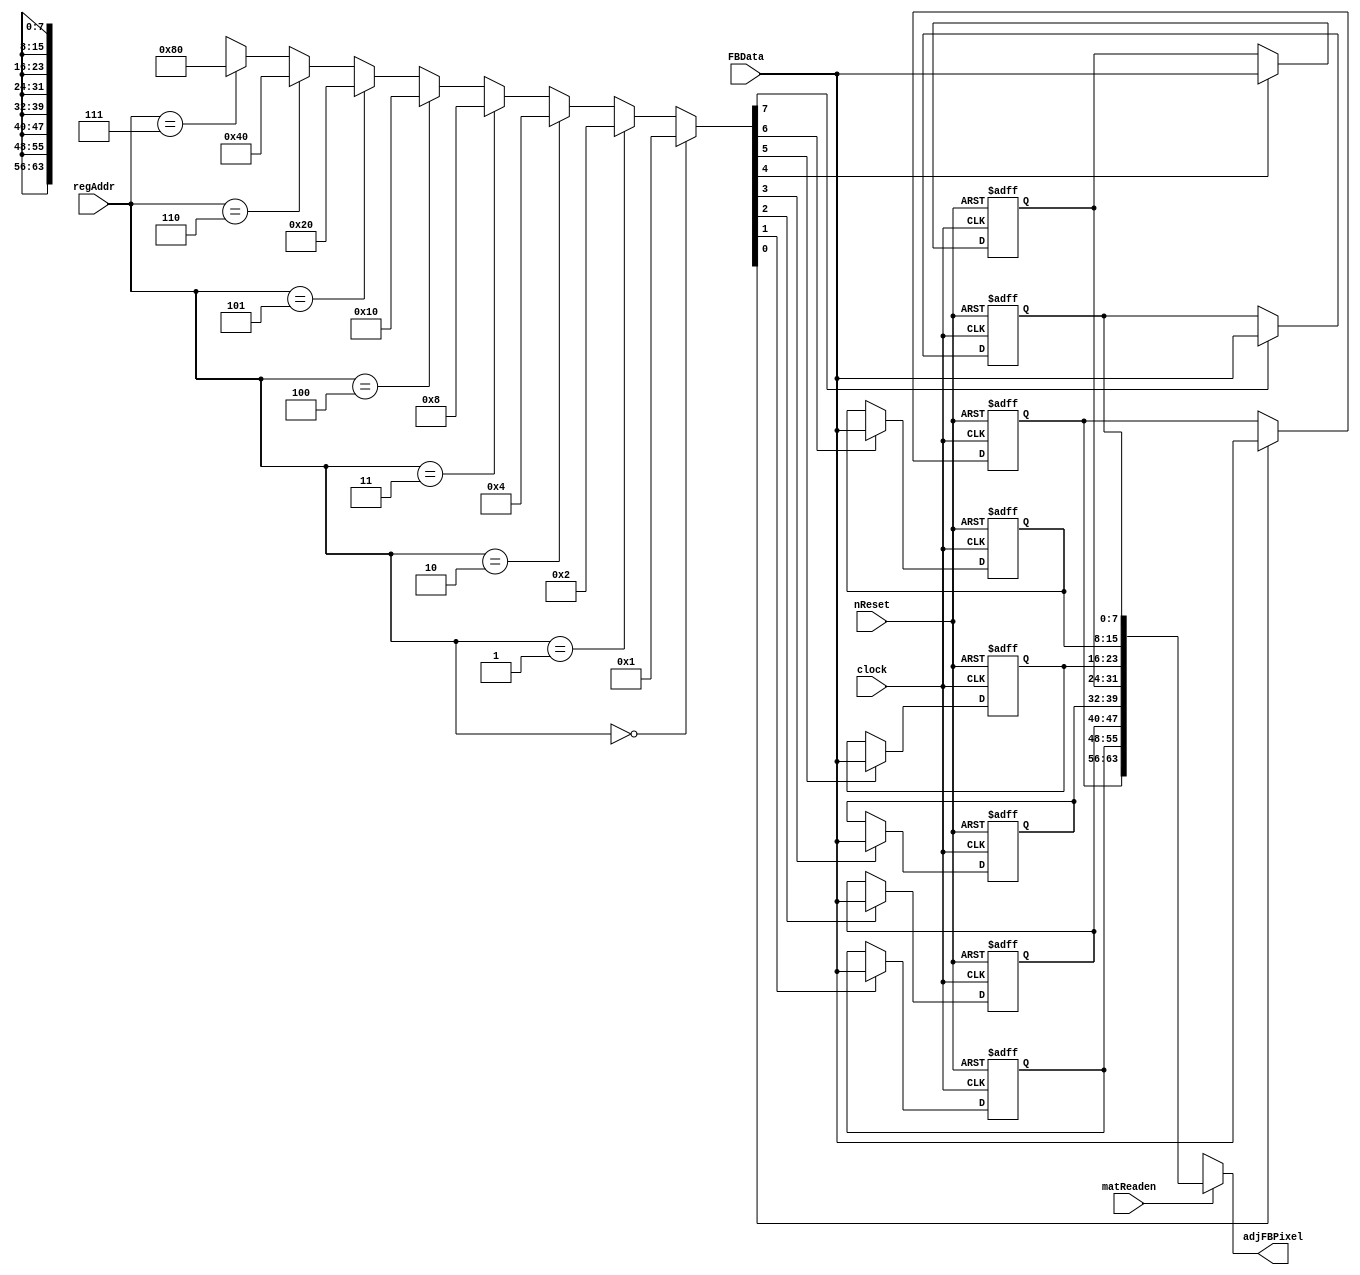
// This program was cloned from: https://github.com/ISKU/FAST9-Accelerator
// License: MIT License

module Mat_Reg (clock, nReset, matReaden, regAddr, FBData, adjFBPixel);
	input clock;
	input nReset;
	input matReaden; // Datapath input    
	input [2:0] regAddr; //  
	input [7:0] FBData; //   
	output [63:0] adjFBPixel; //  8   

	reg [7:0] r1, r2, r3, r4, r5, r6, r7, r8; //  8   
	
	//        8   .
	wire [7:0] decoder;
	assign decoder =
		(regAddr == 4'd0) ? 9'd1 :
		(regAddr == 4'd1) ? 9'd2 :
		(regAddr == 4'd2) ? 9'd4 :
		(regAddr == 4'd3) ? 9'd8 :
		(regAddr == 4'd4) ? 9'd16 :
		(regAddr == 4'd5) ? 9'd32 :
		(regAddr == 4'd6) ? 9'd64 :
		(regAddr == 4'd7) ? 9'd128 : 8'bx;
	
	//  
	always @ (posedge clock or negedge nReset)
		if (!nReset)
			r1 <= 8'bx;
		else if (decoder[0])
			r1 <= FBData;

	always @ (posedge clock or negedge nReset)
		if (!nReset)
			r2 <= 8'bx;
		else if (decoder[1])
			r2 <= FBData;
			
	always @ (posedge clock or negedge nReset)
		if (!nReset)
			r3 <= 8'bx;
		else if (decoder[2])
			r3 <= FBData;
			
	always @ (posedge clock or negedge nReset)
		if (!nReset)
			r4 <= 8'bx;
		else if (decoder[3])
			r4 <= FBData;
			
	always @ (posedge clock or negedge nReset)
		if (!nReset)
			r5 <= 8'bx;
		else if (decoder[4])
			r5 <= FBData;
			
	always @ (posedge clock or negedge nReset)
		if (!nReset)
			r6 <= 8'bx;
		else if (decoder[5])
			r6 <= FBData;
			
	always @ (posedge clock or negedge nReset)
		if (!nReset)
			r7 <= 8'bx;
		else if (decoder[6])
			r7 <= FBData;
			
	always @ (posedge clock or negedge nReset)
		if (!nReset)
			r8 <= 8'bx;
		else if (decoder[7])
			r8 <= FBData;
	
	// matReaden 1   8     Output .
	assign adjFBPixel = (matReaden) ? {r1, r2, r3, r4, r5, r6, r7, r8} : 64'bx; // 8 
endmodule